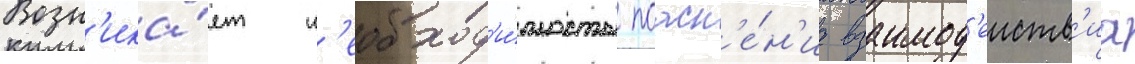
Возн'ика́ет н'еобход'и́мость поасн'е́н'иа взаимод'еиств'иа